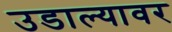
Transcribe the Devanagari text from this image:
उडाल्यावर